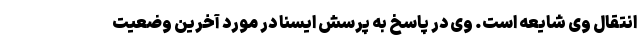
انتقال وی شایعه است. وی در پاسخ به پرسش ایسنا در مورد آخرین وضعیت